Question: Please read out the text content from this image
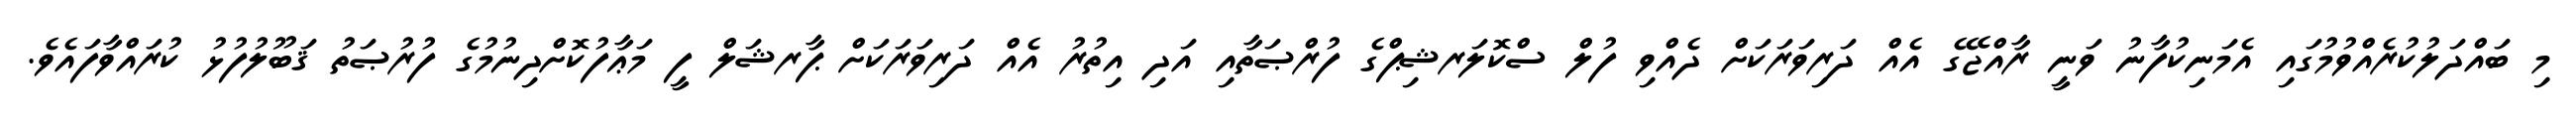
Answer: މި ބައްދަލުކުރެއްވުމުގައި އެމަނިކުފާނު ވަނީ ރާއްޖޭގެ އެއް ދަރިވަރަކަށް ދެއްވި ފުލް ސްކޮލަރޝިޕްގެ ފުރްޞަތާއި އަދި އިތުރު އެއް ދަރިވަރަކަށް ޕާރޝަލް ފީ މަޢާފުކޮށްދިނުމުގެ ފުރުޞަތު ޤަބޫލުފުޅު ކުރައްވާފައެވެ.